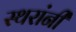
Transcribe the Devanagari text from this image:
स्थरांनी